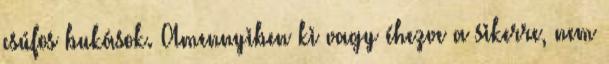
csúfos bukások. Amennyiben ki vagy éhezve a sikerre, nem